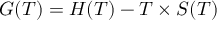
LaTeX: G ( T ) = H ( T ) - T \times S ( T )